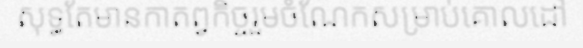
សុទ្ធតែមានកាតព្វកិច្ចរួមចំណែកសម្រាប់គោលដៅ